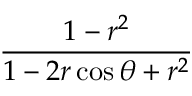
\frac { 1 - r ^ { 2 } } { 1 - 2 r \cos \theta + r ^ { 2 } }